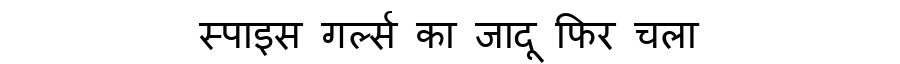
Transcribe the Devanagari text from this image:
स्पाइस गर्ल्स का जादू फिर चला